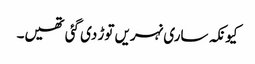
کیونکہ ساری نہریں توڑ دی گئی تھیں۔